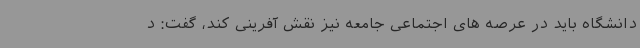
دانشگاه باید در عرصه های اجتماعی جامعه نیز نقش آفرینی کند، گفت: د